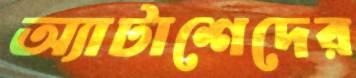
অ্যাটাশেদের